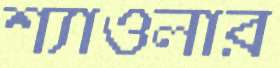
শ্যাওলার